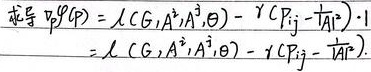
求导
\[\begin{align*}
\nabla_{\varphi}\varphi(\mathbf{p})&=\lambda(G,A^{1},A^{3},\Theta)-\gamma(P_{ij}-\overline{A_{1}})\\
&=\lambda(G,A^{1},A^{3},\Theta)-\gamma(P_{ij}-\overline{A_{1}})
\end{align*}\]